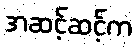
အဆင့်ဆင့်က